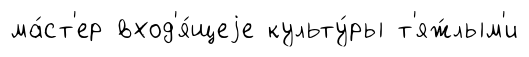
ма́ст'ер вход'я́щеjе культу́ры т'яж́лым'и